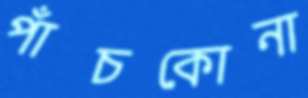
পাঁচকোনা